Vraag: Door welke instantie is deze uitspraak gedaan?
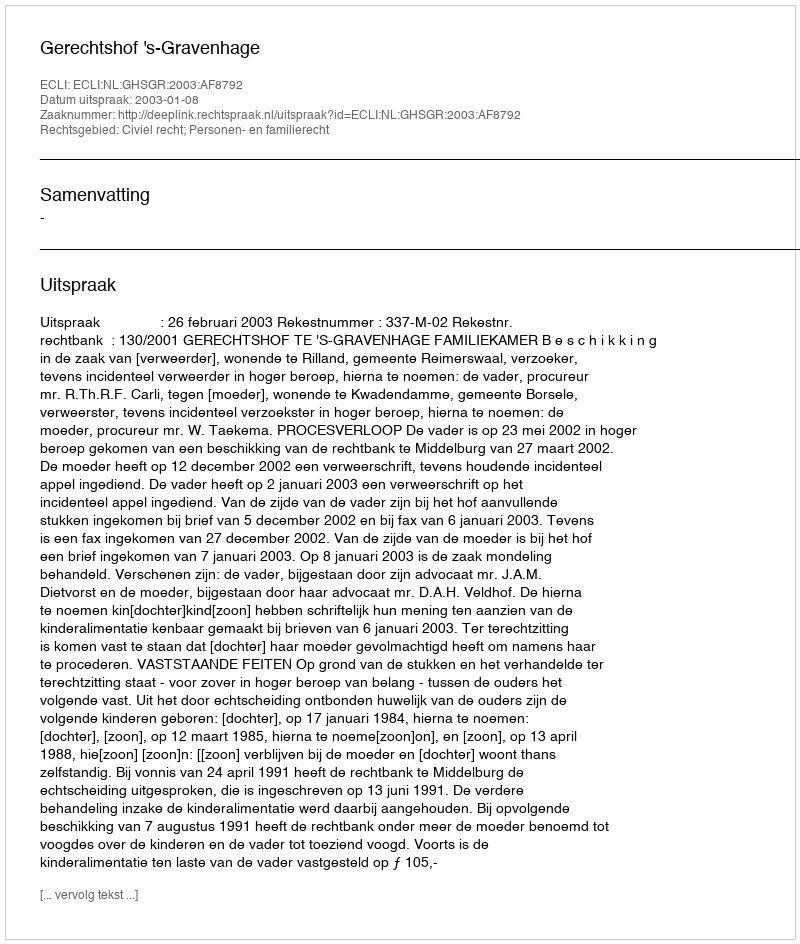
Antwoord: Gerechtshof 's-Gravenhage